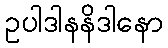
ဥပါဒါနနိဒါနော